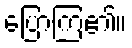
ပြောကြ၏။